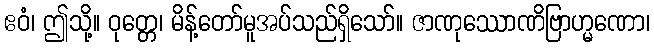
ဧဝံ၊ ဤသို့။ ဝုတ္တေ၊ မိန့်တော်မူအပ်သည်ရှိသော်။ ဇာဏုဿောဏိဗြာဟ္မဏော၊